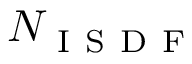
N _ { \mathrm { ~ I ~ S ~ D ~ F ~ } }